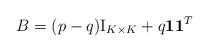
LaTeX: \begin{align*}B = (p - q)\mbox{I}_{K\times K} + q\mathbf{1}\mathbf{1}^T\end{align*}